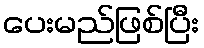
ပေးမည်ဖြစ်ပြီး